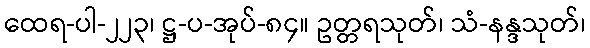
ထေရ-ပါ-၂၂၃၊ ဋ္ဌ-ပ-အုပ်-၈၄။ ဥတ္တရသုတ်၊ သံ-နန္ဒသုတ်၊